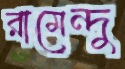
রামেন্দু